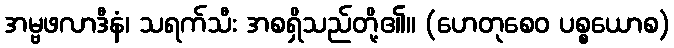
အမ္ဗဖလာဒီနံ၊ သရက်သီး အစရှိသည်တို့၏။ (ဟေတုစေဝ ပစ္စယောစ)